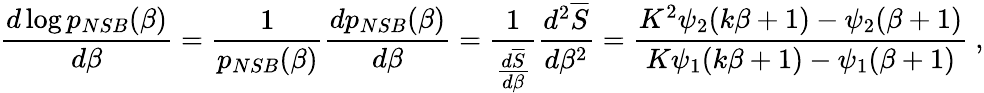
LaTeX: \frac{d\log p_{NSB}(\beta)}{d\beta}=\frac{1}{p_{NSB}(\beta)}\frac{dp_{NSB}(\beta)}{d\beta}=\frac{1}{\frac{d\overline{{S}}}{d\beta}}\frac{d^{2}\overline{{S}}}{d\beta^{2}}=\frac{K^{2}\psi_{2}(k\beta+1)-\psi_{2}(\beta+1)}{K\psi_{1}(k\beta+1)-\psi_{1}(\beta+1)}~,